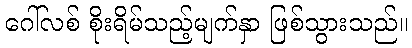
ဂေါ်လစ် စိုးရိမ်သည့်မျက်နှာ ဖြစ်သွားသည်။